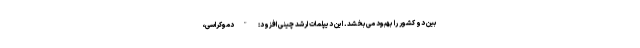
بین دو کشور را بهبود می‌بخشد. این دیپلمات ارشد چینی افزود: "دموکراسی،